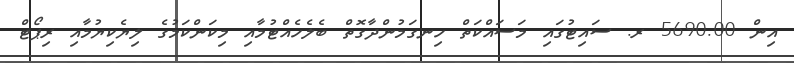
އިން 5690.00 ރ. ސައިޓުގައި މަސައްކަތް ހިނގަމުންދާގޮތް ބެލެހެއްޓުމާއި މިކަންކަމުގެ ލިޔެކިޔުމާއި ރިޕޯޓް